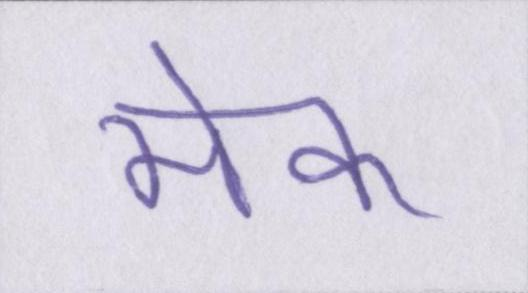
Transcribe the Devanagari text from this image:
मेक